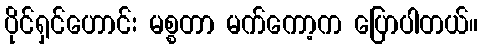
ပိုင်ရှင်ဟောင်း မစ္စတာ မက်ကော့က ပြောပါတယ်။